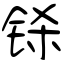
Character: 铩